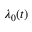
\lambda _ { 0 } ( t )